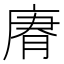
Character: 𢉼